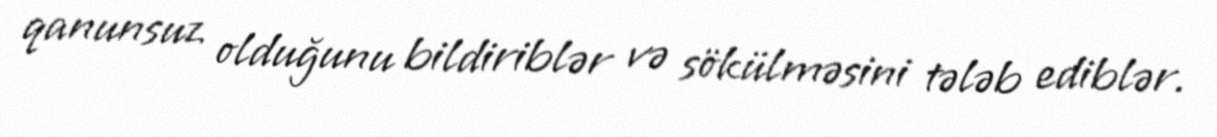
qanunsuz olduğunu bildiriblər və sökülməsini tələb ediblər.